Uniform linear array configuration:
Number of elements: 16
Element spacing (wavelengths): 0.5
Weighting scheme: cosine
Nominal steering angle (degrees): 15
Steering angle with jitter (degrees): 13.555
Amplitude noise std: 0.05
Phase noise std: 0.05

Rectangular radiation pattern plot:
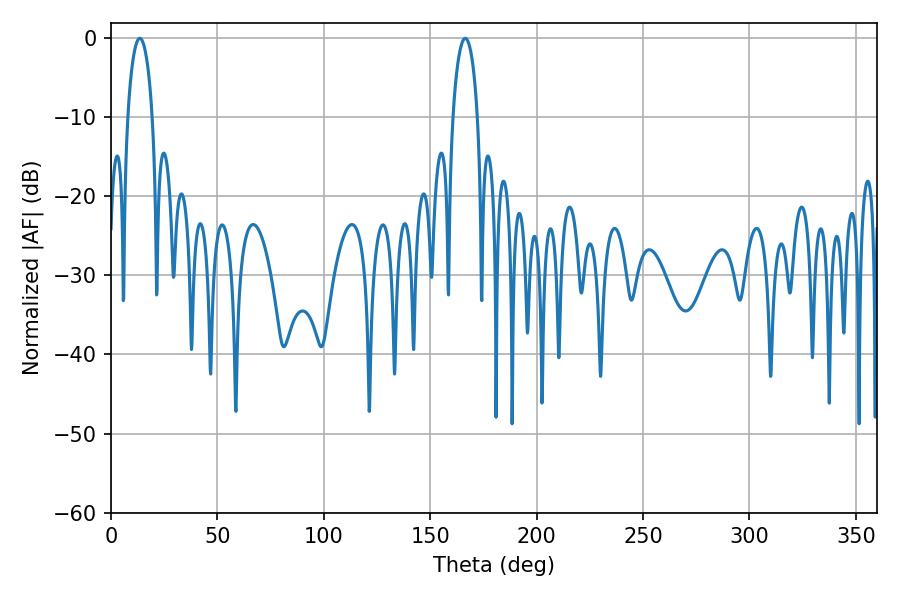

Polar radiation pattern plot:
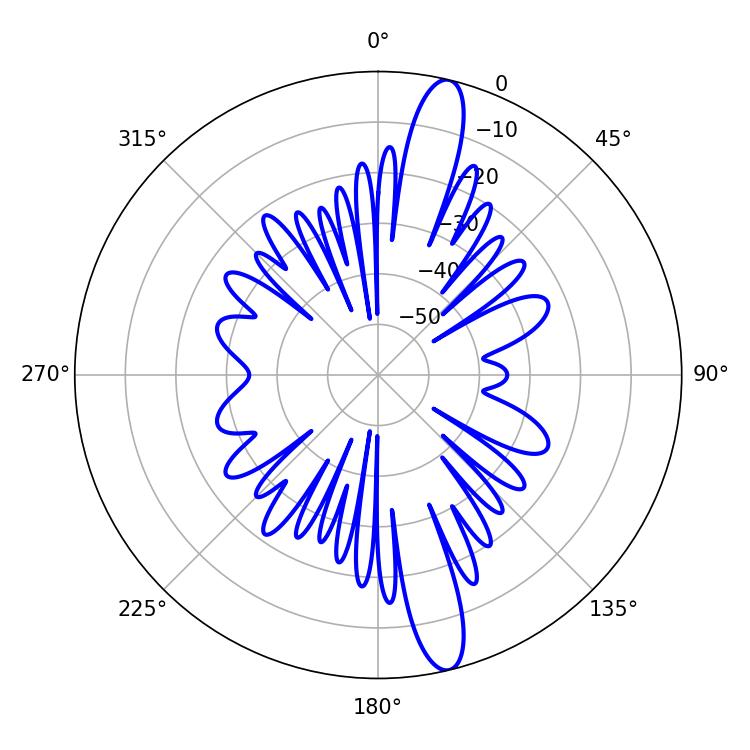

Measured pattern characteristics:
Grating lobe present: FALSE
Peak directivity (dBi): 15.289
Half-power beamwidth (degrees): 6.66
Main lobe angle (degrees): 166.5